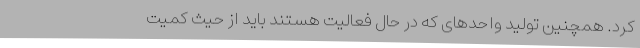
کرد. همچنین تولید واحدهای که در حال فعالیت هستند باید از حیث کمیت